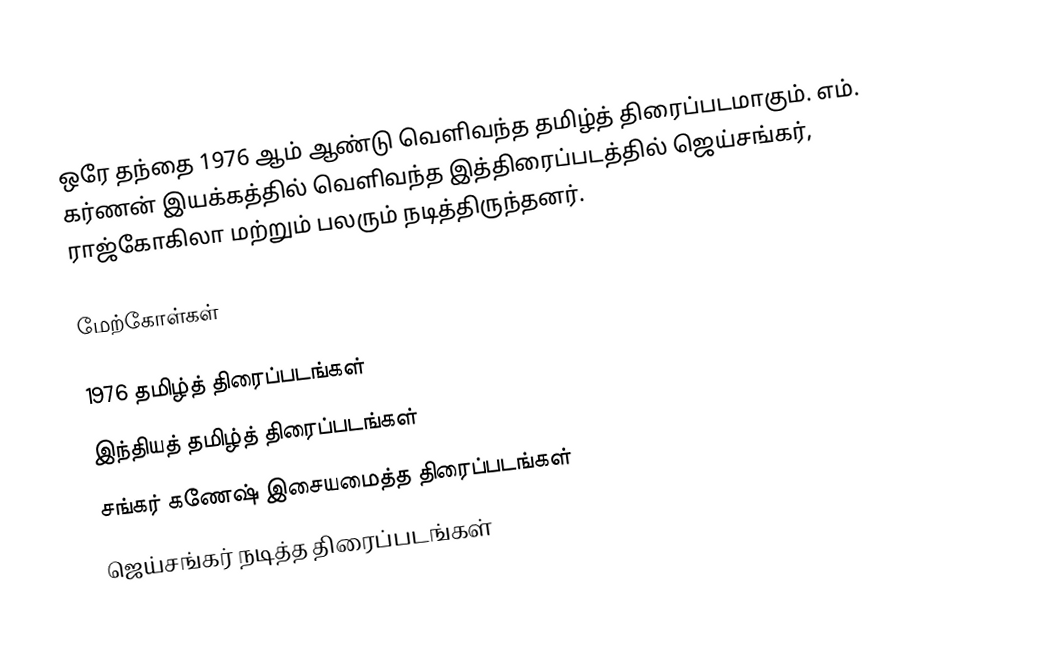
ஒரே தந்தை 1976 ஆம் ஆண்டு வெளிவந்த தமிழ்த் திரைப்படமாகும். எம். கர்ணன் இயக்கத்தில் வெளிவந்த இத்திரைப்படத்தில் ஜெய்சங்கர், ராஜ்கோகிலா மற்றும் பலரும் நடித்திருந்தனர்.

மேற்கோள்கள்

1976 தமிழ்த் திரைப்படங்கள்
இந்தியத் தமிழ்த் திரைப்படங்கள்
சங்கர் கணேஷ் இசையமைத்த திரைப்படங்கள்
ஜெய்சங்கர் நடித்த திரைப்படங்கள்